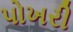
પોખરી